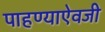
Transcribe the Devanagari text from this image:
पाहण्याऐवजी